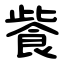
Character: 飺